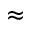
\approx